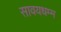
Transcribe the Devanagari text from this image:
सावयधम्म